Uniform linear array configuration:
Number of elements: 64
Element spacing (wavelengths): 0.25
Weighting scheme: kaiser
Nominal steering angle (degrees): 15
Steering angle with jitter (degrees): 13.202
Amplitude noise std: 0.05
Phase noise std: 0.05

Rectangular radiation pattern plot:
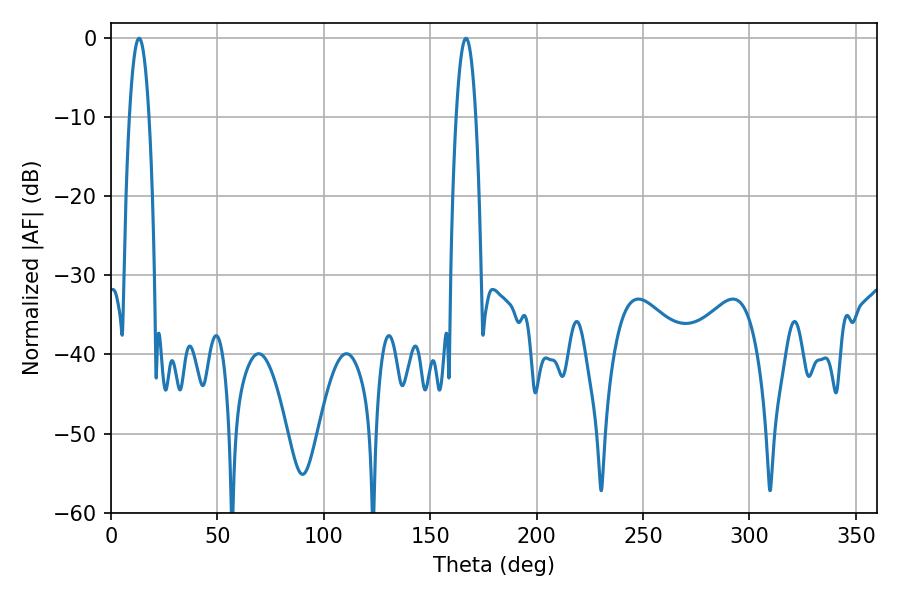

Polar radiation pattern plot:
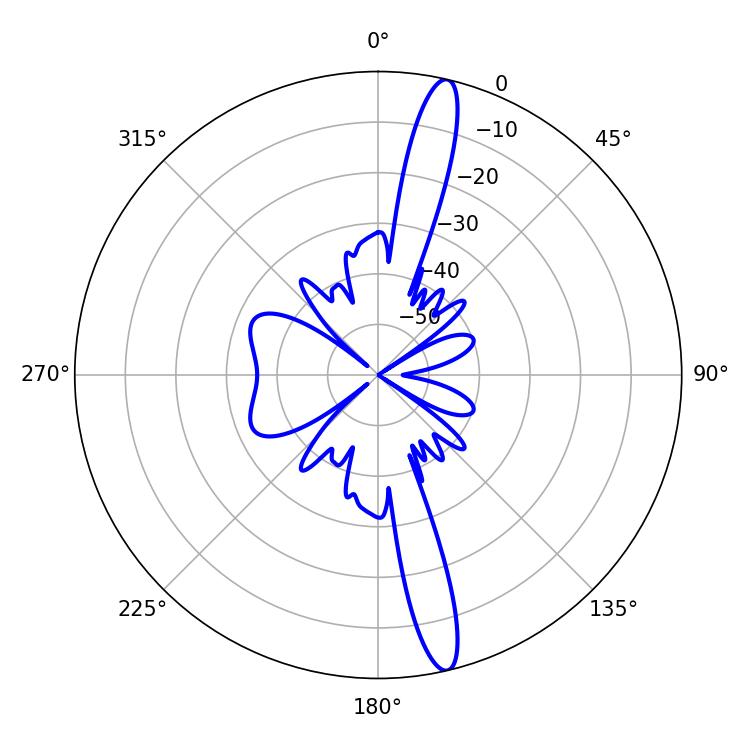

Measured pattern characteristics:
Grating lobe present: FALSE
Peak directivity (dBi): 16.633
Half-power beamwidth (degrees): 5.04
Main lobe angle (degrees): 13.14